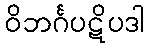
ဝိဘင်္ဂပဋိပဒါ